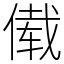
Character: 傤